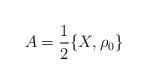
LaTeX: \begin{align*}A=\frac12\{X, \rho_0\}\end{align*}